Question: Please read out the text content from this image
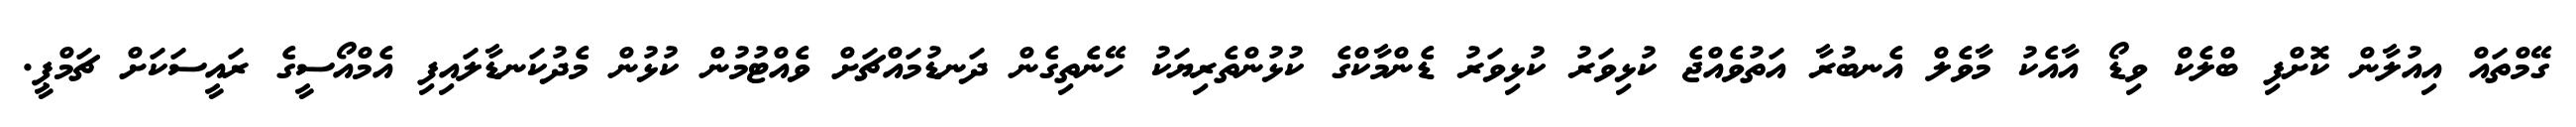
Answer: ގޭމްތައް އިއުލާން ކޮށްފި ބްލެކް ވިޑޯ އާއެކު މާވެލް އެނބުރާ އަތުވެއްޖެ ކުޅިވަރު ކުޅިވަރު ޑެންމާކްގެ ކުޅުންތެރިޔަކު ހޭނެތިގެން ދަނޑުމައްޗަށް ވެއްޓުމުން ކުޅުން މެދުކަނޑާލައިފި އެމްއޯސީގެ ރައީސަކަށް ޗަމްޕީ.